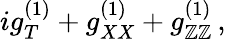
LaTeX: ig_{T}^{(1)}+g_{XX}^{(1)}+g_{\mathbb{Z}\mathbb{Z}}^{(1)}\, ,